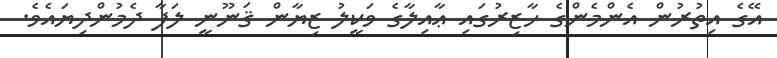
އޭގެ އިތުރުން އެންމެންގެ ހާޒިރުގައި ޢާއިލާގެ ވަކީލު ޒިޔާން ޤަނޫނީ ލަފާ ދެމުންދިޔައެވެ.